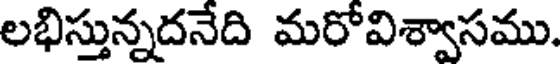
లభిస్తున్నదనేది మరోవిశ్వాసము.